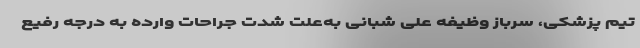
تیم پزشکی، سرباز وظیفه علی شبانی به‌علت شدت جراحات وارده به درجه رفیع